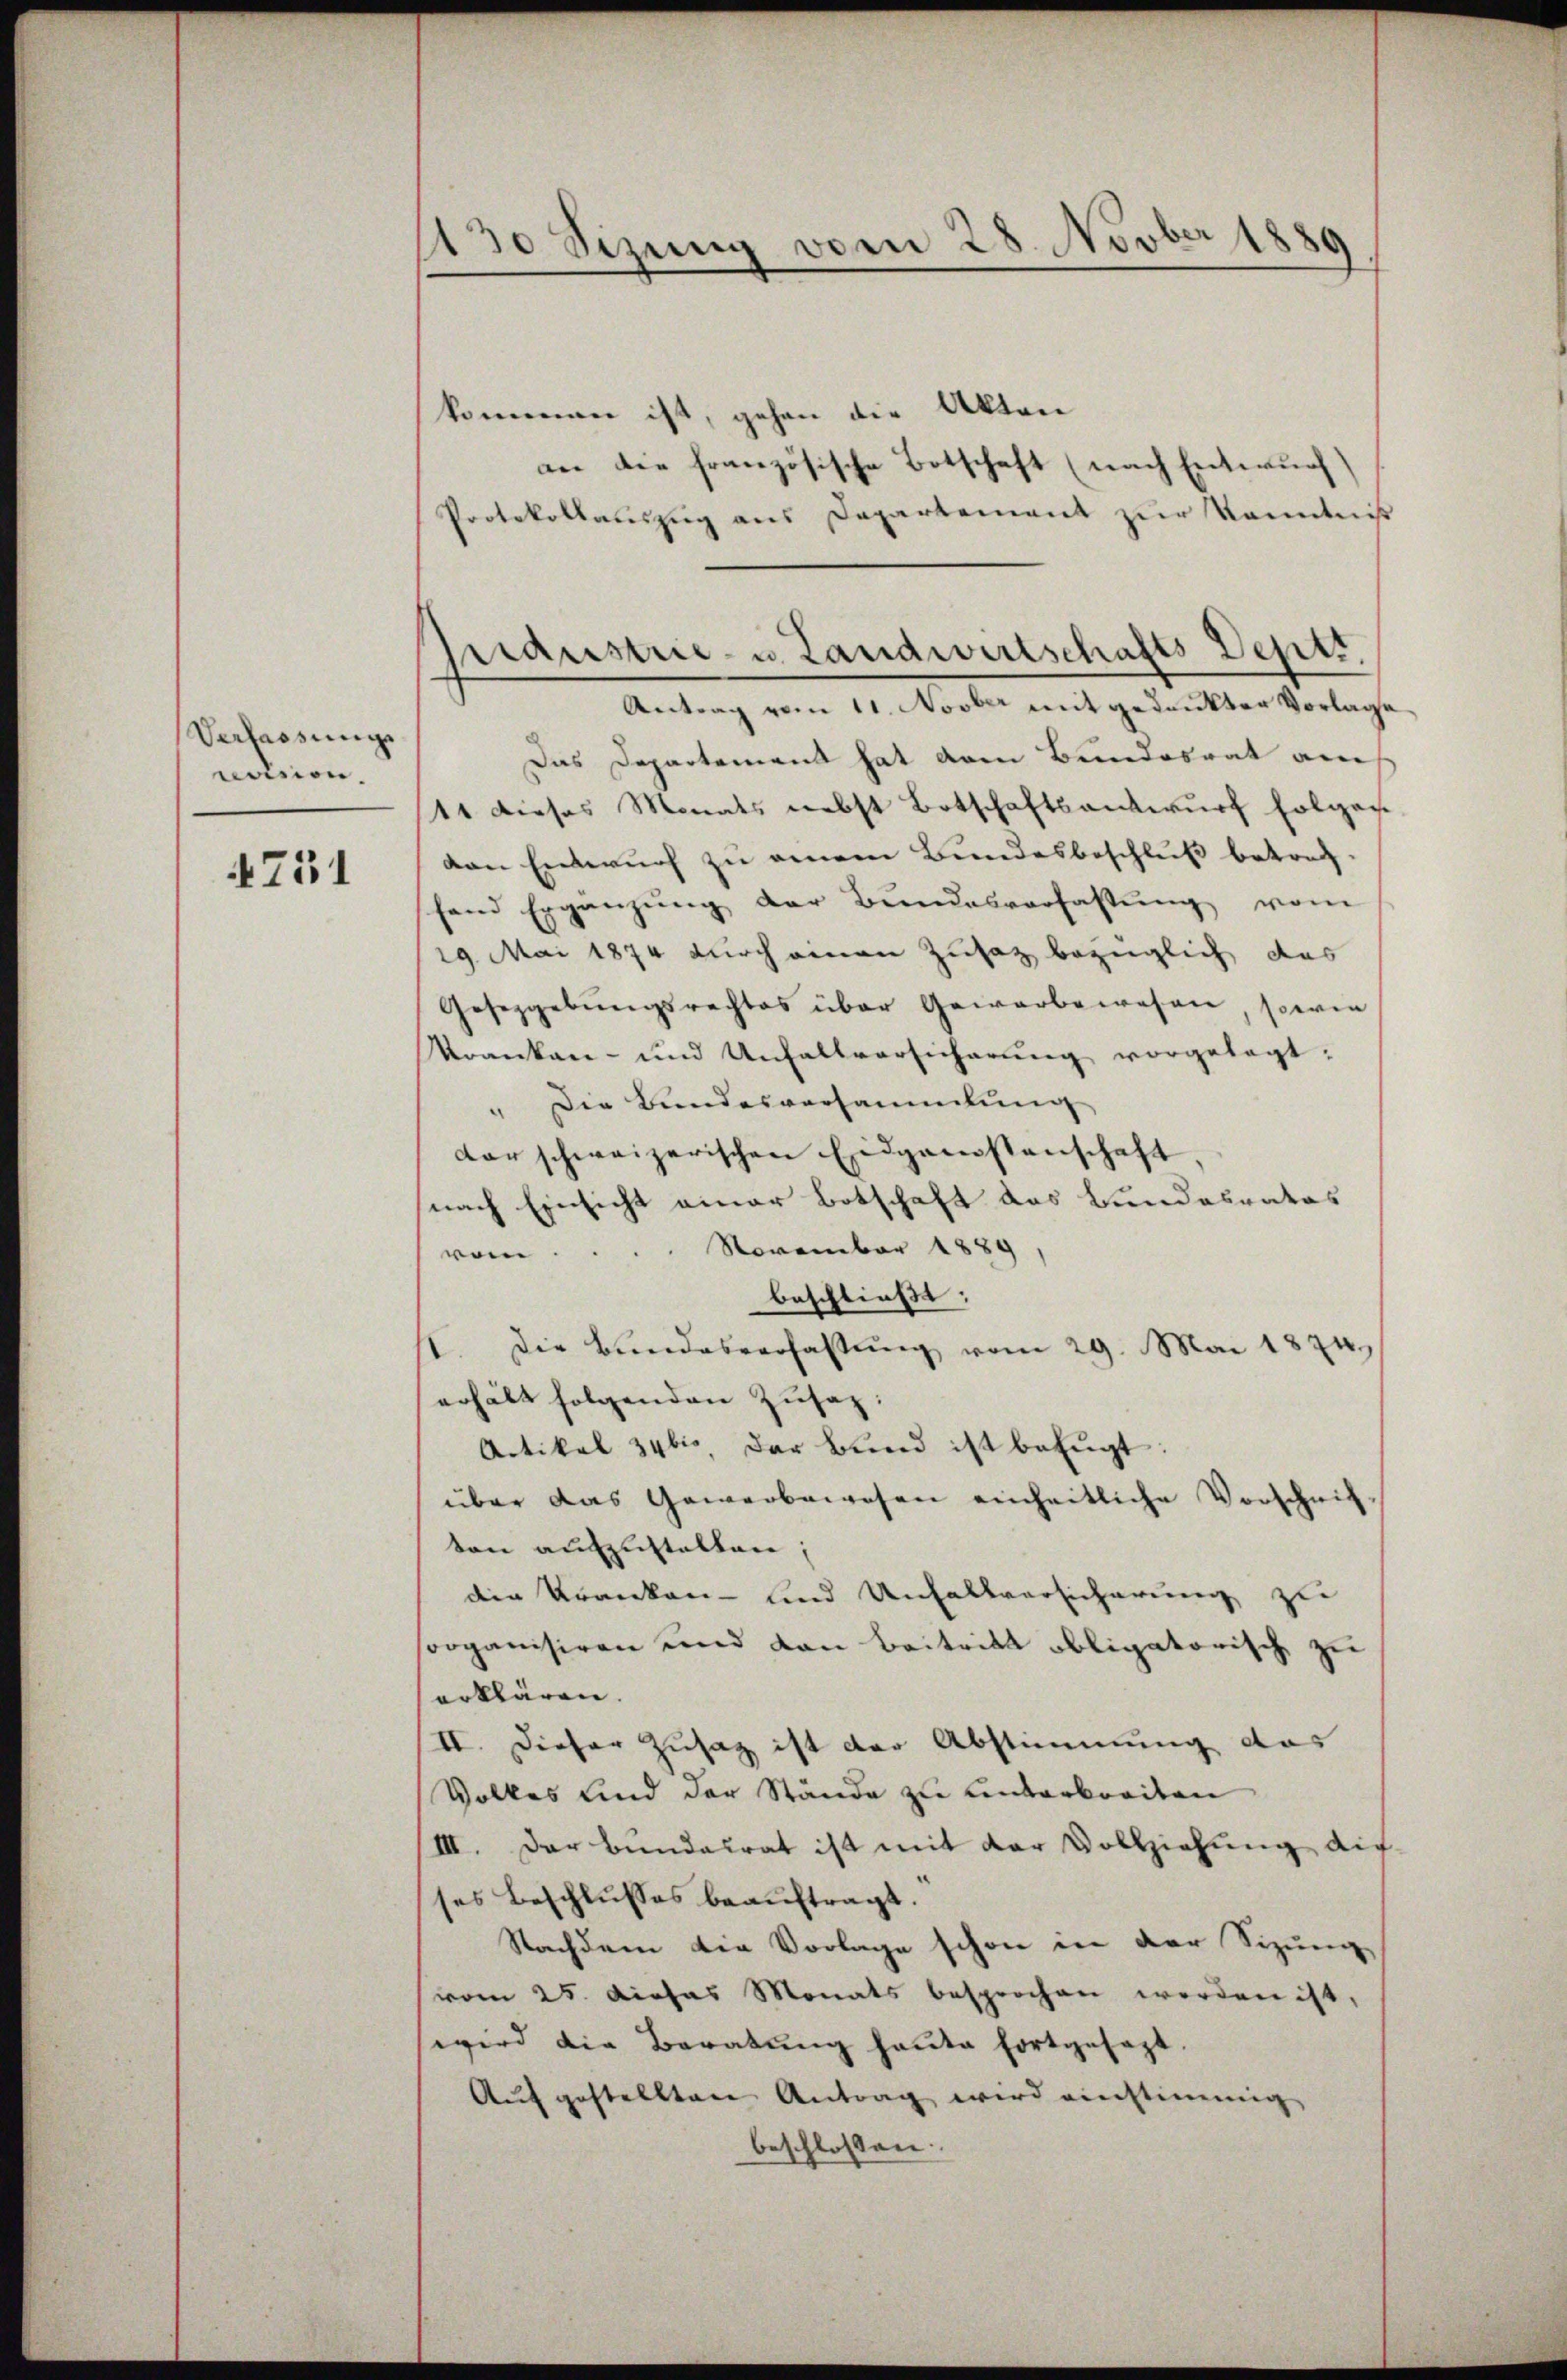
Verfassungs
notsion.

4751

130 Sizung vom 28. Novber 1889

kommen ist, gehen die Akten
an die französische Botschaft (nach Entwurf)
Protokollaŭszŭg ans Departement zŭr Kenntniß
Das Departement hat vom Bundesrat auch
11 dieses Monats nebst Botschaftsantwurf folgas
von Entwurf zu einem Bundesbeschluß betragfand Ergänzŭng der Bŭndesverfassŭng vom
29. Mai 1874 durch einen Zusatz bezüglich das
Gesetzgebungsrechtes über Gewerbewesen sowie
Kranken- und Unfallversicherŭng vorgelegt:
" Die Bundesversammlung
der schweizerischen Eidgenossenschaft
nach Einsicht einer Botschaft das Bundesrates
November 1889
vom
beschließt:
Die Bŭndesverfassŭng vom 29. Mai 1874.
erhält folgenden Zusatz:
Artikel 34 bis der Bund ist befŭgt:
über das Gewerbewesen einheitliche Vorschrif
ton aufzustellen;
die Kranken- und Unfallversicherung zu
organisiren und von Beitritt obligatorisch zu
erklären.
II. Dieser Zusatz ist der Abstimmung das
Volkes und der Stände zu unterbreiten
III. Der Bundalrat ist mit der Vollziehung die
ses Beschlusses beauftragt.
Nachdem die Vorlage schon in der Sizung,
vom 25. Diehas Monats besprochen werden ist,
wird die Beratung heute fortgesezt.
Aufgestellten Antrag wird einstimmig
beschlossen:

ndustrie- u. Landwirtschafts Deptr.
Antrag vom 11. Novber mit gedankter Vorlage